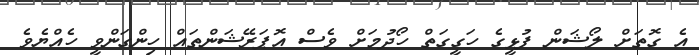
އެ ގޮތަށް ލޯޝަން ފުޅީގެ ހަގީގަތް ހޯދުމަށް ވެސް އޮޕަރޭޝަންތައް ހިންގަންވީ ހެއްޔެވެ